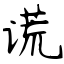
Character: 谎